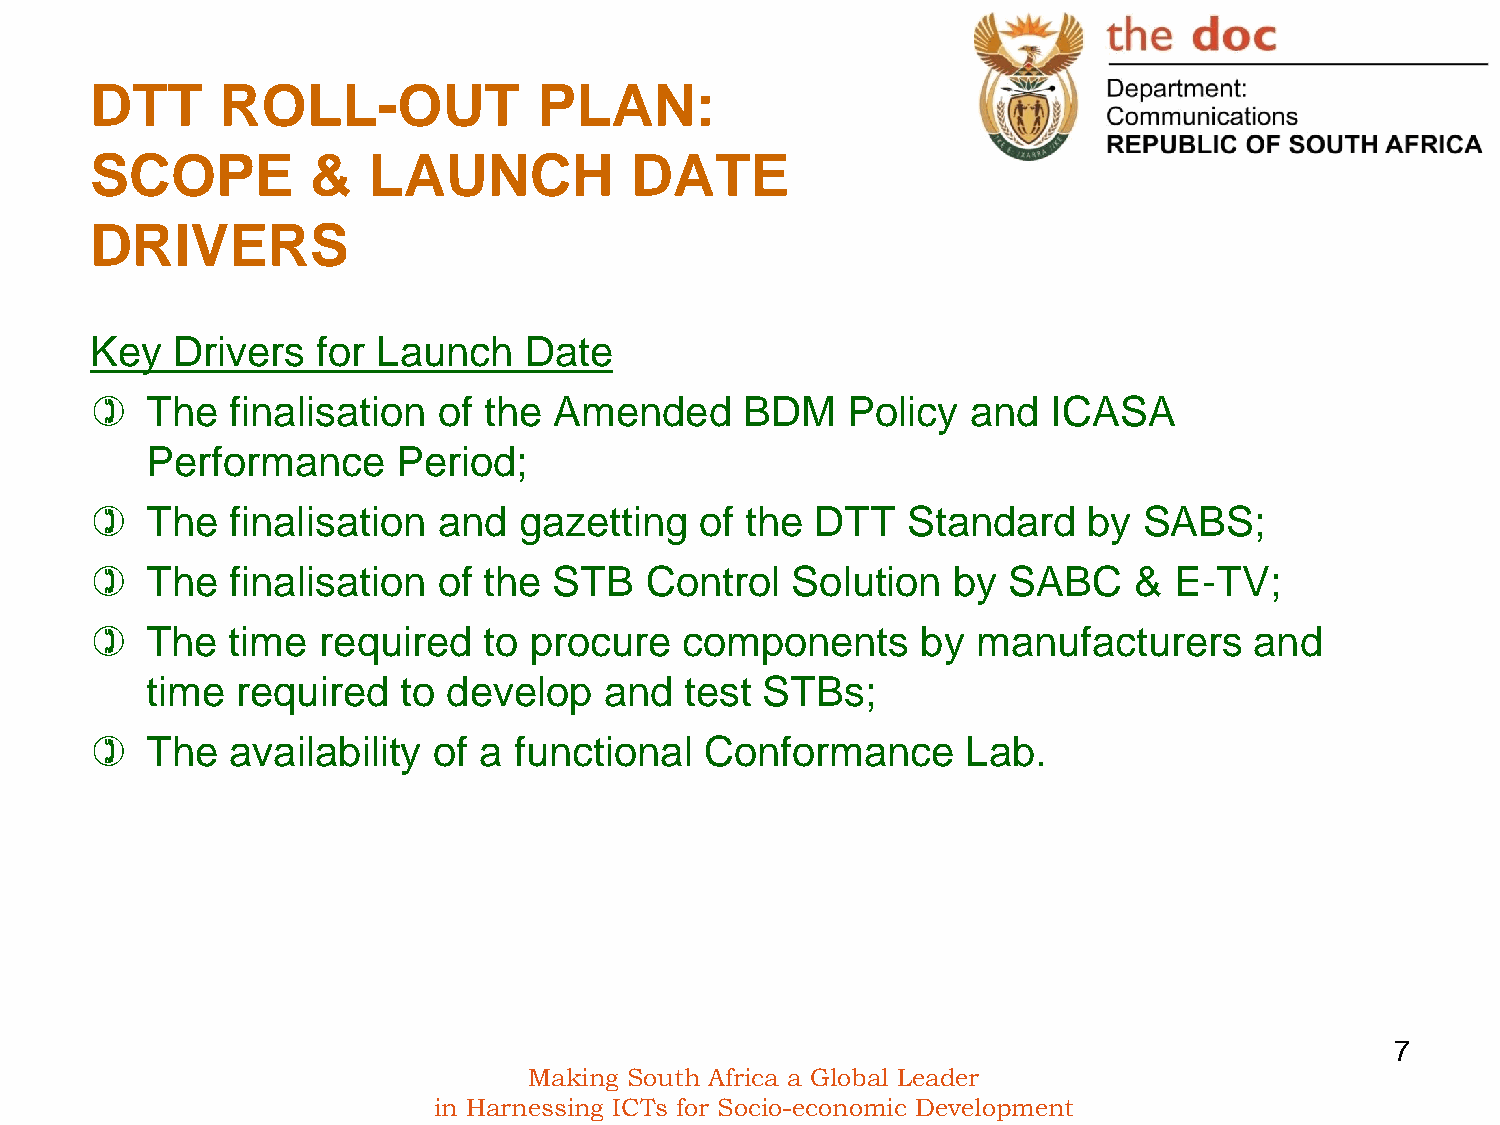
DTT      ROLL-OUT             PLAN:
 SCOPE          &  LAUNCH            DATE
 DRIVERS
 Key  Drivers   for Launch    Date
    The  finalisation  of the  Amended     BDM    Policy  and   ICASA
 Performance     Period;
    The  finalisation  and  gazetting   of the  DTT   Standard    by  SABS;
    The  finalisation  of the  STB   Control  Solution   by  SABC    &  E-TV;
    The  time  required   to procure   components      by  manufacturers     and
 time  required   to develop   and  test  STBs;
    The  availability  of a functional   Conformance      Lab.
 7
 Making South Africa a Global Leader
 in Harnessing ICTs for Socio-economic Development